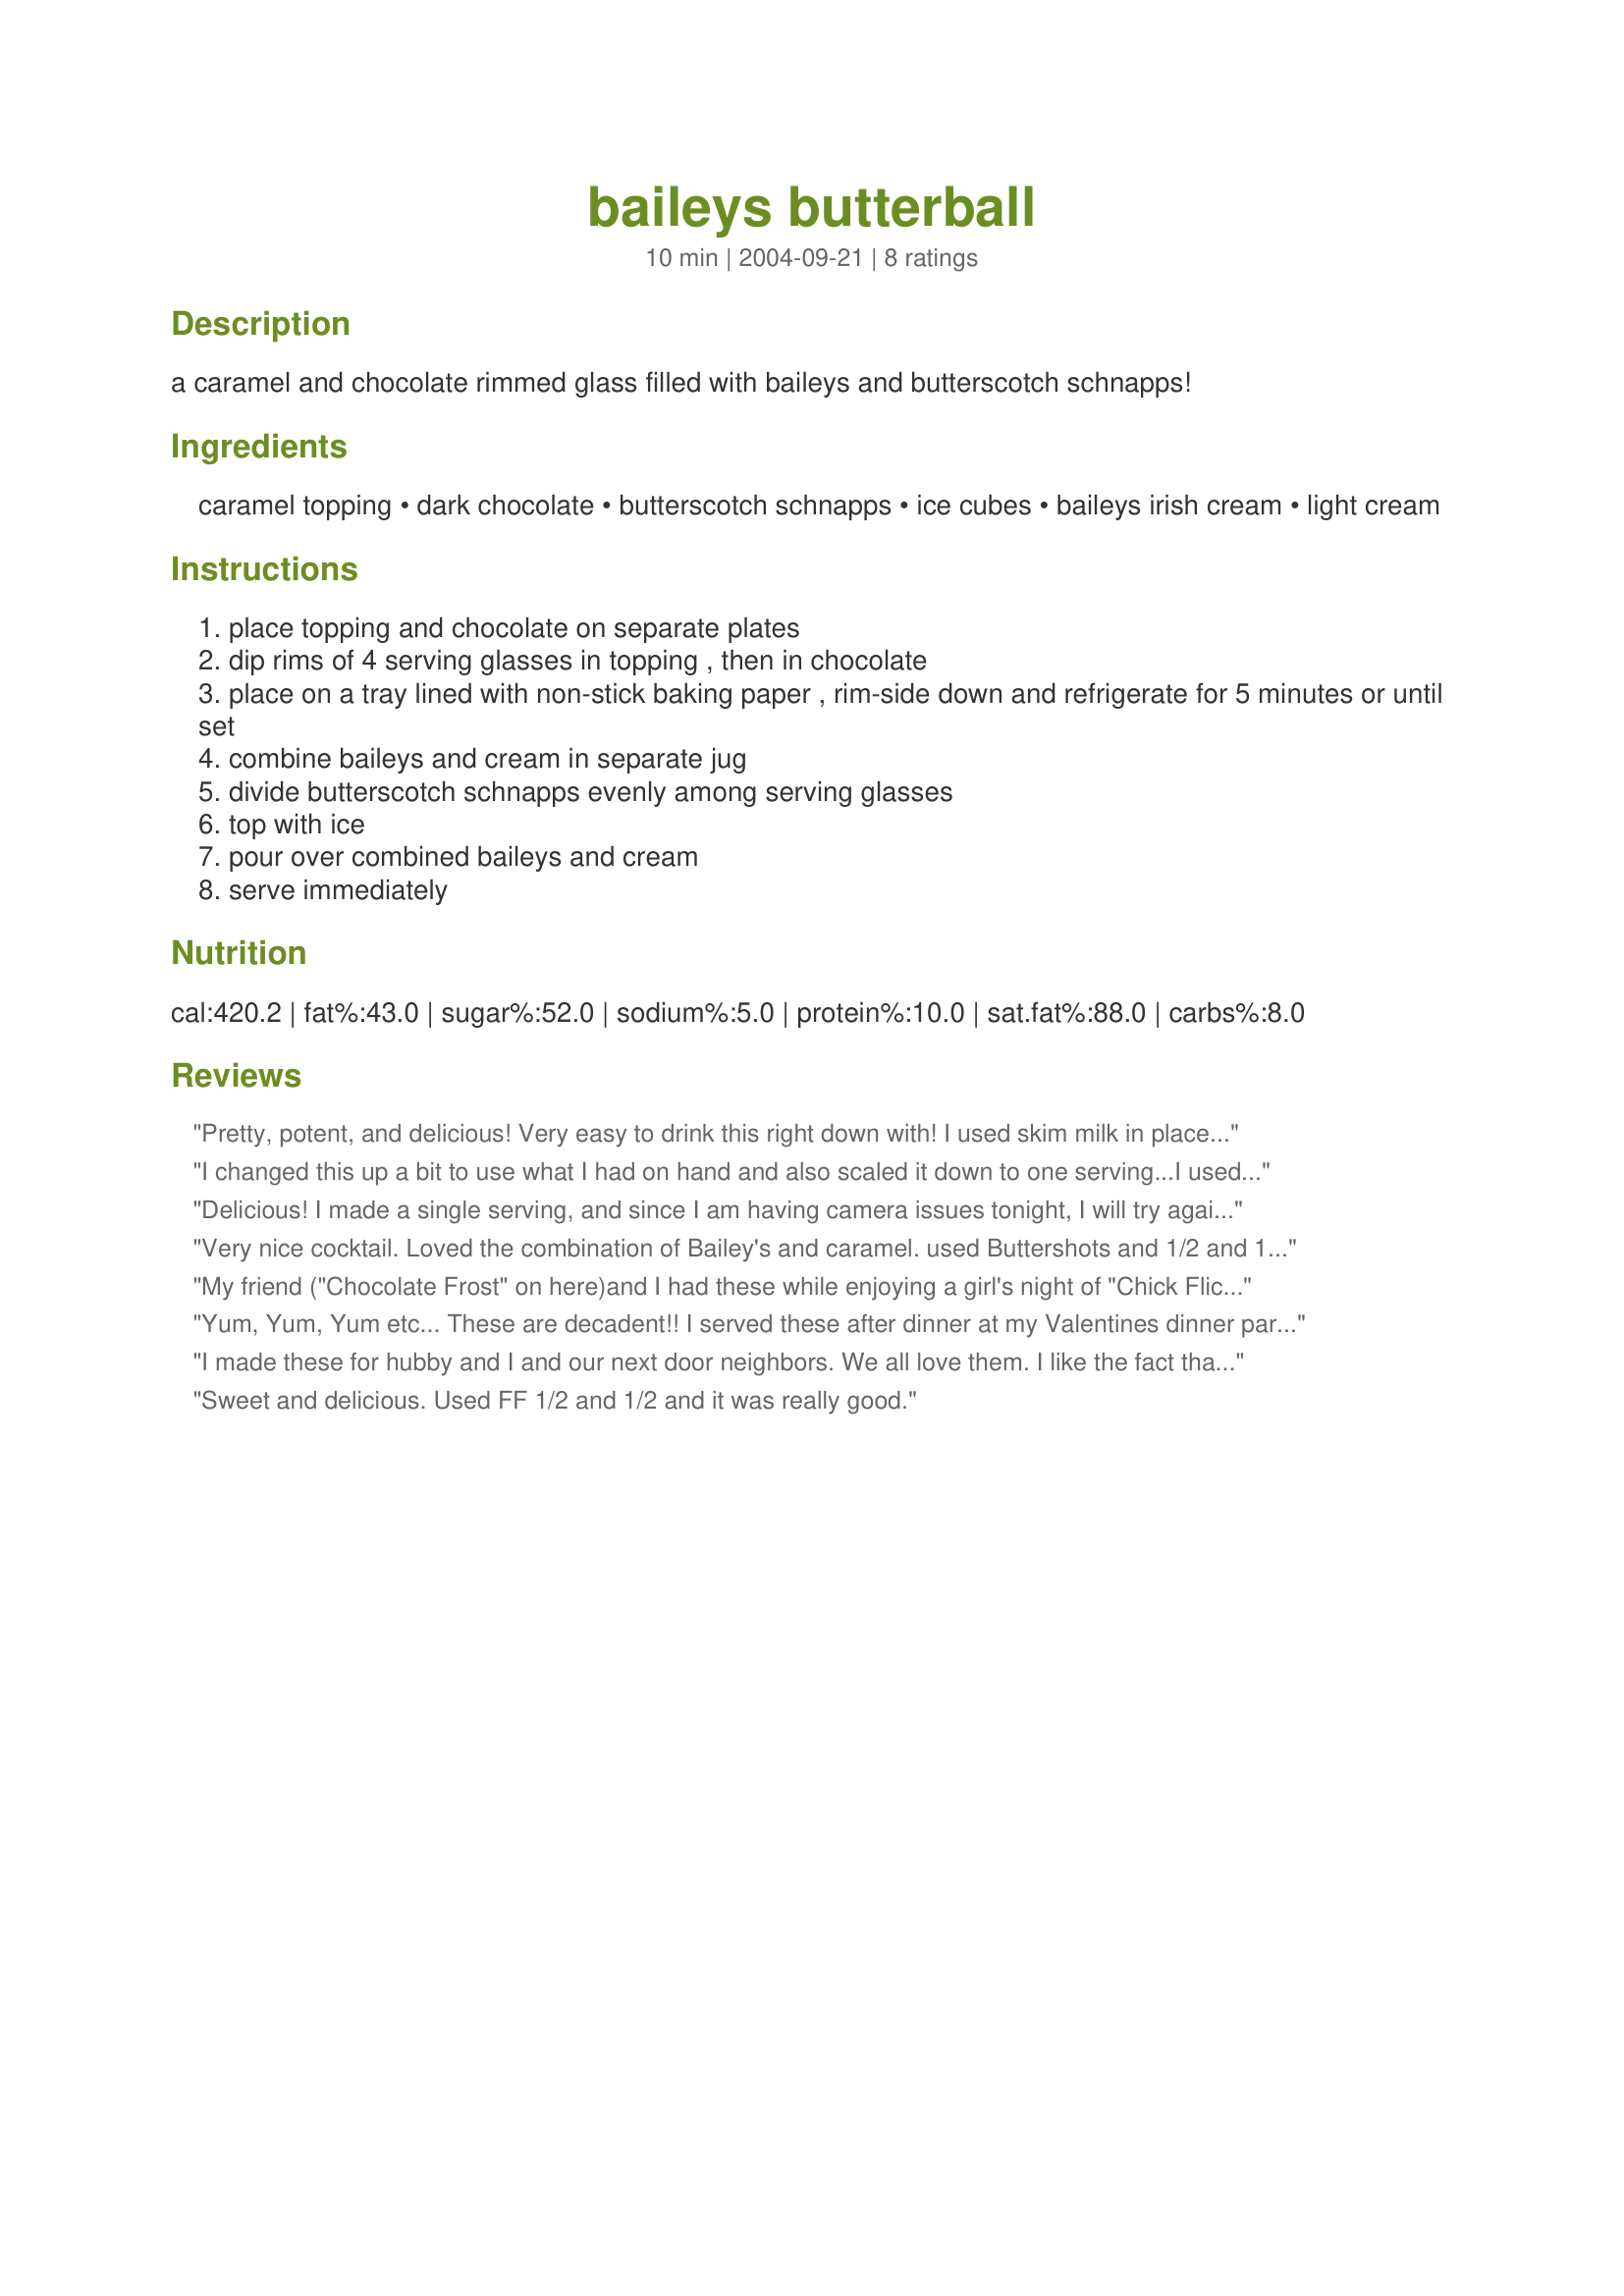
baileys butterball
Preparation time: 10 minutes

a caramel and chocolate rimmed glass filled with baileys and butterscotch schnapps!

Ingredients:
caramel topping, dark chocolate, butterscotch schnapps, ice cubes, baileys irish cream, light cream

Steps:
place topping and chocolate on separate plates
dip rims of 4 serving glasses in topping , then in chocolate
place on a tray lined with non-stick baking paper , rim-side down and refrigerate for 5 minutes or until set
combine baileys and cream in separate jug
divide butterscotch schnapps evenly among serving glasses
top with ice
pour over combined baileys and cream
serve immediately

Reviews:
Pretty, potent, and delicious! Very easy to drink this right down with! I used skim milk in place of the cream trying to save a couple of calories. I'll definitely make this drink again!
I changed this up a bit to use what I had on hand and also scaled it down to one serving...I used butterscotch schnapps, Baileys Caramel Irish Cream, milk and chocolate syrup. I put all of those ingredients into my Magic Bullet blender with a cup of ice and blended it all together until smooth. It's like an adult slurpee and tastes fabulous! Thanks for posting, Jewelies~ :-)
Delicious! I made a single serving, and since I am having camera issues tonight, I will try again to get a nice picture!! delightful combination of flavors (Butterscotch is just my fav anyway) and the rimming really does add an over the top garnish - I highly recommend when serving to guests! ;) Thanks for a fabulous keeper!
Very nice cocktail. Loved the combination of Bailey's and caramel. used Buttershots and 1/2 and 1/2 ;) Skipped the chocolate rim, but I'm sure if I were serving it to a friend I would include it! Loved this drink. Will definitely make again! Thanks for sharing. Cheers ~V
My friend ("Chocolate Frost" on here)and I had these while enjoying a girl's night of "Chick Flicks". SOOOO yummy!
For the second picher we added strawberries to the blender, both ways are awesome!
Yum, Yum, Yum etc... These are decadent!! I served these after dinner at my Valentines dinner party and even the guys loved them! I will keep the ingredients for these on hand! (at the end of the evening we made a few without the cream, and they were not bad)
I made these for hubby and I and our next door neighbors. We all love them. I like the fact that I could rim the glasses ahead of time and keep in the refrigerator. Then all I had to do is fill the glasses. How easy is that?!?! Thanks for sharing a great drink, Jewelies.

Sweet and delicious. Used FF 1/2 and 1/2 and it was really good.
